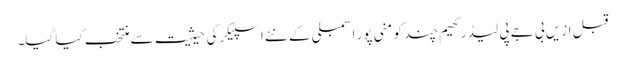
قبل ازیں بی جے پی لیڈر کھیم چند کو منی پور اسمبلی کے نئے اسپیکرکی حیثیت سے منتخب کیا گیا۔